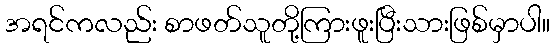
အရင်ကလည်း စာဖတ်သူတို့ကြားဖူးပြီးသားဖြစ်မှာပါ။